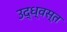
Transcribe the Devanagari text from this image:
उद्‌ध्‍वस्त